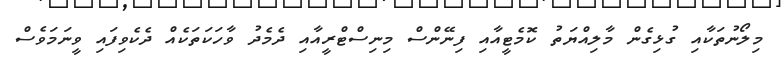
މިލޯނުތަކާއި ގުޅިގެން މާލިއްޔަތު ކޮމެޓީއާއި ފިނޭންސް މިނިސްޓްރީއާއި ދެމެދު ވާހަކަތަކެއް ދެކެވިފައި ވީނަމަވެސް